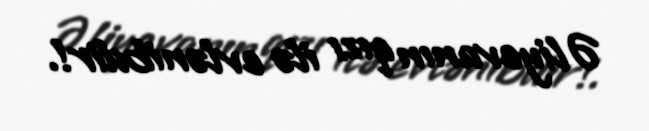
Əliyevanın qızı ilə evlənibdir!.